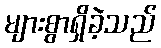
များစွာရှိခဲ့သည်